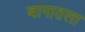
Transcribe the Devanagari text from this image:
बापातला